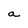
Character: a